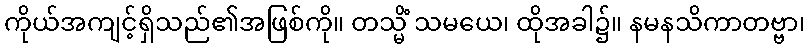
ကိုယ်အကျင့်ရှိသည်၏အဖြစ်ကို။ တသ္မိံ သမယေ၊ ထိုအခါ၌။ နမနသိကာတဗ္ဗာ၊